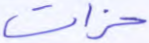
حزات